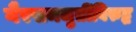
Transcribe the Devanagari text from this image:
गैरसमजुतींविरुद्ध